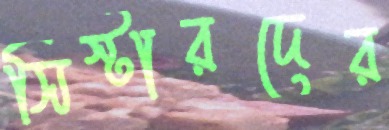
সিস্টারদের